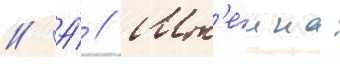
// А́ // Шт'еина